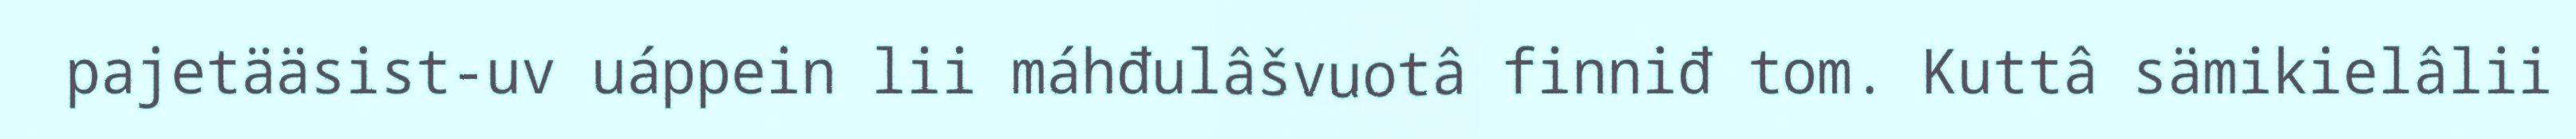
pajetääsist-uv uáppein lii máhđulâšvuotâ finniđ tom. Kuttâ sämikielâlii